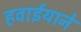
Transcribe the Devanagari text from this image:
हवाईयाने